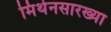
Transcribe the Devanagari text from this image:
मिथेनसारख्या